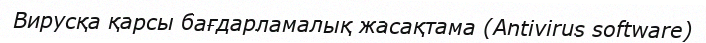
Вирусқа қарсы бағдарламалық жасақтама (Antivirus software)